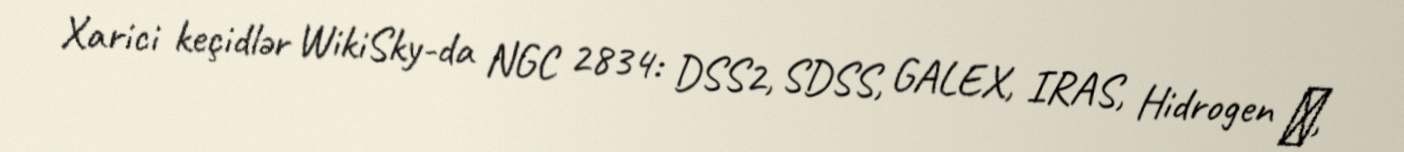
Xarici keçidlər WikiSky-da NGC 2834: DSS2, SDSS, GALEX, IRAS, Hidrogen α,